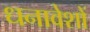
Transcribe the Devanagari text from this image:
धनावेशों